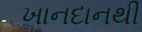
ખાનદાનથી